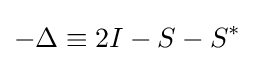
-\Delta \equiv 2I-S-S^{\ast }